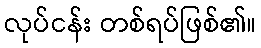
လုပ်ငန်း တစ်ရပ်ဖြစ်၏။